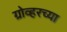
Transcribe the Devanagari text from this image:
ग्रोव्हरच्या